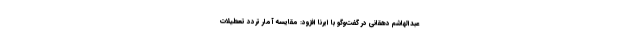
عبدالهاشم دهقانی در گفت‌وگو با ایرنا افزود: مقایسه آمار تردد تعطیلات